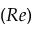
( R e )